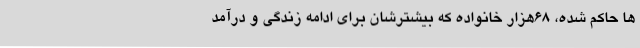
ها حاکم شده، ۶۸هزار خانواده که بیشترشان برای ادامه زندگی و درآمد